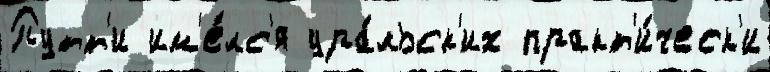
Путт'и им'е́лс'я ура́льск'их практ'и́ческ'и